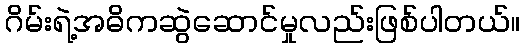
ဂိမ်းရဲ့အဓိကဆွဲဆောင်မှုလည်းဖြစ်ပါတယ်။